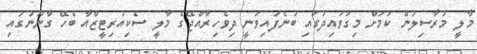
މާލީ މުރާސިލުން ކަމަށް މިގަވައިދުގައި ބުނެފައިވަނީ ދިވެހިރާއްޖޭގެ މާލީ ސެކިއުރިޓީޒްއާ ބެހޭ ގާނޫނުގައި